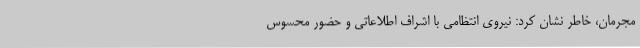
مجرمان، خاطر نشان کرد: نیروی انتظامی با اشراف اطلاعاتی و حضور محسوس